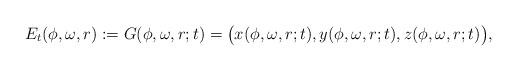
LaTeX: \begin{align*} E_t(\phi,\omega,r) := G(\phi,\omega,r;t)= \big(x(\phi,\omega,r;t), y(\phi,\omega,r;t), z(\phi,\omega,r;t)\big), \end{align*}